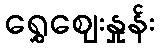
ရွှေဈေးနှုန်း